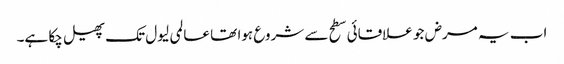
اب یہ مرض جو علاقائی سطح سے شروع ہوا تھا عالمی لیول تک پھیل چکا ہے۔